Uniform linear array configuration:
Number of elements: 8
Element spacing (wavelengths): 0.75
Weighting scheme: uniform
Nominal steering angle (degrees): -45
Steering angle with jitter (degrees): -43.692
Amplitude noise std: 0.05
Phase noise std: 0.05

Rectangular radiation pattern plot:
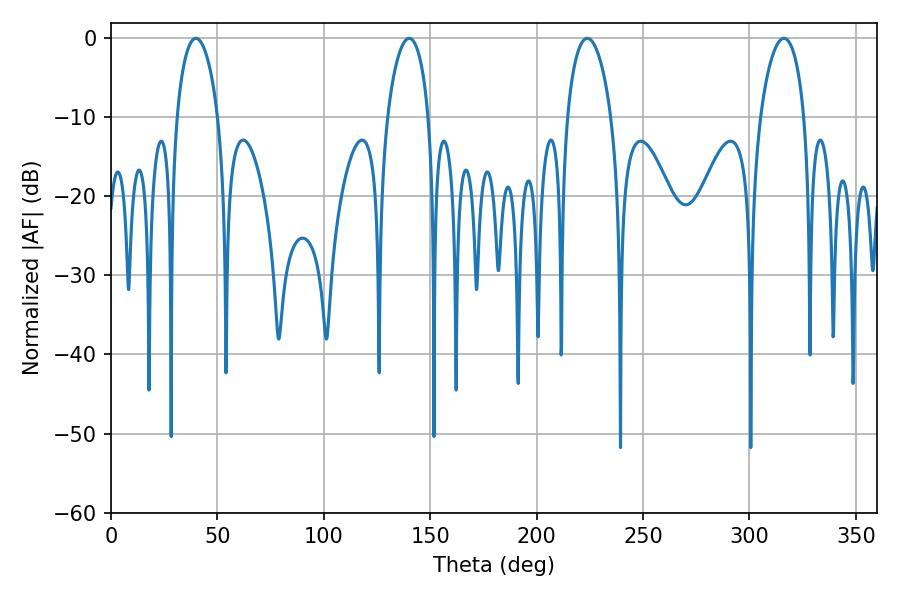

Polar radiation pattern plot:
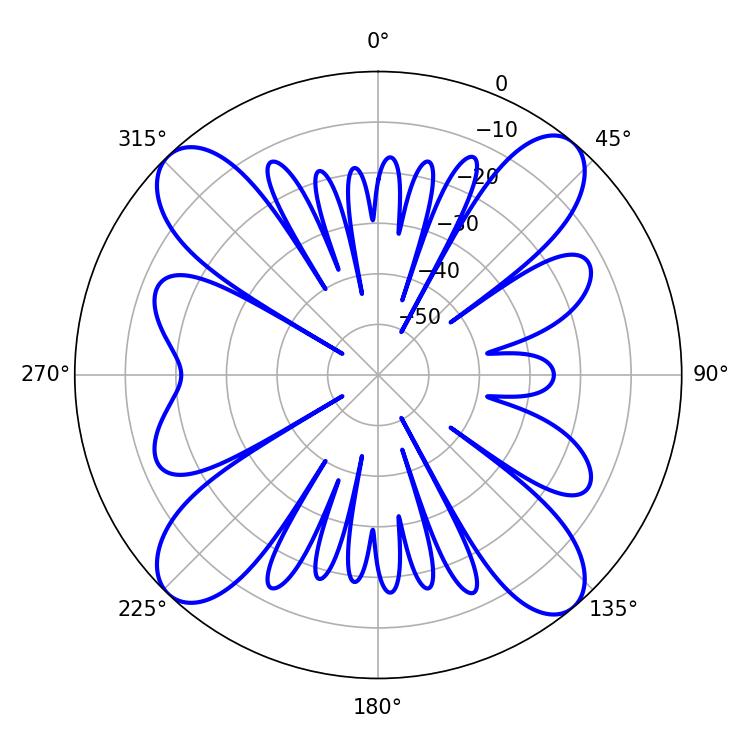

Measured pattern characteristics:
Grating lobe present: TRUE
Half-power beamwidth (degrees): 11.88
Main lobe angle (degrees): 223.74